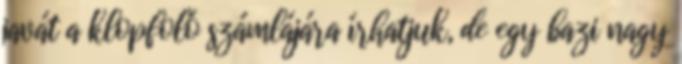
javát a klopfoló számlájára írhatjuk, de egy bazi nagy